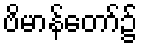
ဗိမာန်တော်၌